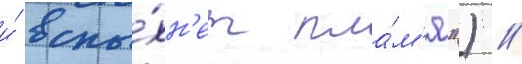
и́ вспы́хн'ет пла́м'я") /